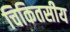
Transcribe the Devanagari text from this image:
चिकितसीय